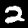
Label: 2